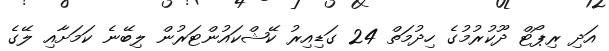
އަދި ރިޕޯޓް ދޫކުރުމުގެ ހިދުމަތް 24 ގަޑިއިރު ކޭޝްކައުންޓަރުން ލިބޭނެ ކަމަށާއި ލޭގެ